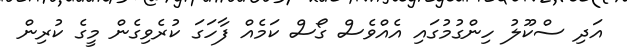
އަދި ސްކޫލު ހިންގުމުގައި އެއްވެސް ގޯސް ކަމެއް ފާހަގަ ކުރެވިގެން މީގެ ކުރިން